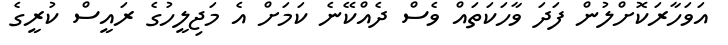
އަވަހާރަކޮށްލުން ފަދަ ވާހަކަތައް ވެސް ދެއްކޭނެ ކަމަށް އެ މަޖިލީހުގެ ރައީސް ކުރީގެ